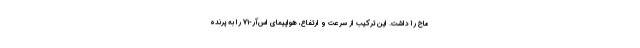
ماخ را داشت. این ترکیب از سرعت و ارتفاع، هواپیمای اس‌آر-71 را به پرنده